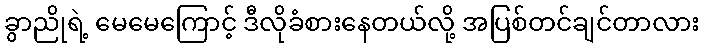
ခွာညိုရဲ့ မေမေကြောင့် ဒီလိုခံစားနေတယ်လို့ အပြစ်တင်ချင်တာလား